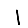
Digit: 1